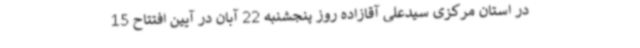
در استان مرکزی سیدعلی آقازاده روز پنجشنبه 22 آبان در آیین افتتاح 15